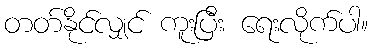
တတ်နိုင်လျှင် ကူးပြီး ရေးလိုက်ပါ။